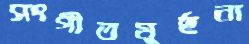
সংগীতমূর্ছনা